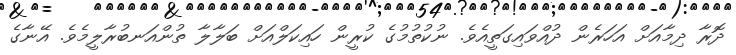
ދޮރާ ދިމާއަށް އަހަރެން ދުއްވައިގަތީއެވެ. ނުކުތުމުގެ ކުރީން ހައިކަލްއަށް ބަލާލާ ތުންއަނބުރާލީމެވެ. އޭނާގެ